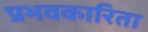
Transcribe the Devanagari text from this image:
प्रभवकारिता